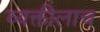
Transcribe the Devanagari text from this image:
व्यक्तीलाच